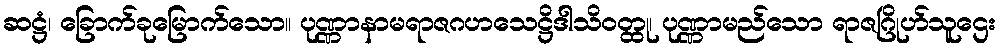
ဆဋ္ဌံ၊ ခြောက်ခုမြောက်သော။ ပုဏ္ဏာနာမရာဇဂဟသေဋ္ဌိဒါသိဝတ္ထု၊ ပုဏ္ဏာမည်သော ရာဇဂြိုဟ်သူဌေး